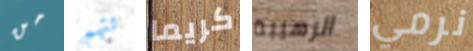
من تتهم كريما الرهيبة نرمي